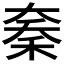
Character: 𱶇